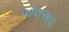
ગૉલઅપ